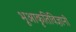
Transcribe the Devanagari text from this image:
भूआकृतिविज्ञानी